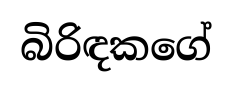
බිරිඳකගේ